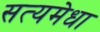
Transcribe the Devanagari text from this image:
सत्यमेधा